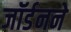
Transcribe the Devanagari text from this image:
जॉर्डनने